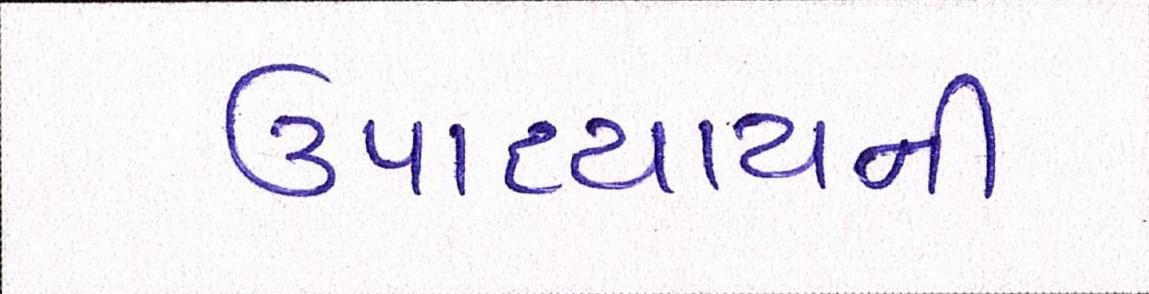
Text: ઉપાધ્યાયની